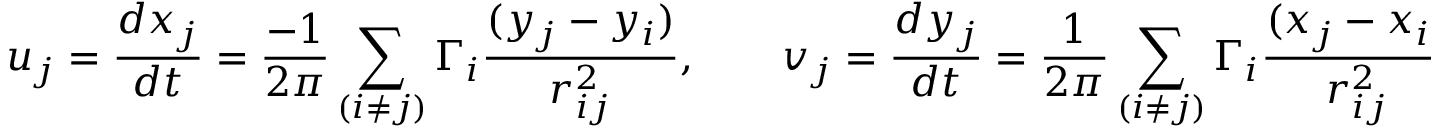
u _ { j } = \frac { d x _ { j } } { d t } = \frac { - 1 } { 2 \pi } \sum _ { ( i \neq j ) } \Gamma _ { i } \frac { ( y _ { j } - y _ { i } ) } { r _ { i j } ^ { 2 } } , \qquad v _ { j } = \frac { d y _ { j } } { d t } = \frac { 1 } { 2 \pi } \sum _ { ( i \neq j ) } \Gamma _ { i } \frac { ( x _ { j } - x _ { i } ) } { r _ { i j } ^ { 2 } } .